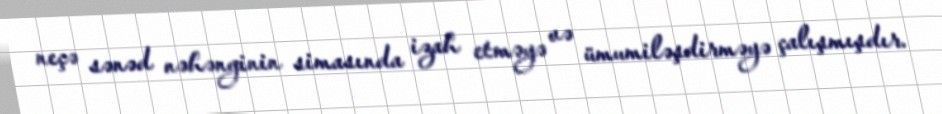
neçə sənəd nəhənginin simasında izah etməyə və ümumiləşdirməyə çalışmışdır.